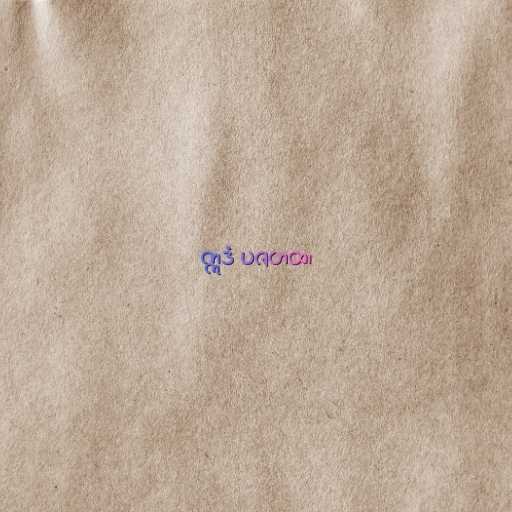
ဣဒံ ပဇဟထ၊